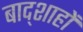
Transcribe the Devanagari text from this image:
बाद्शाहों